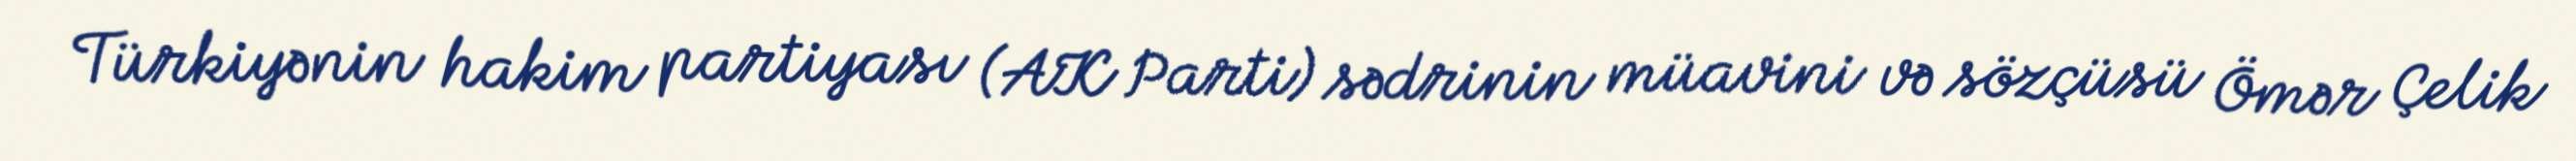
Türkiyənin hakim partiyası (AK Parti) sədrinin müavini və sözçüsü Ömər Çelik